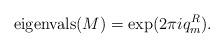
LaTeX: \begin{align*}\hbox{eigenvals}(M)=\exp (2\pi iq_{m}^{R}). \end{align*}